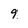
Character: 9